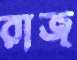
রাজ